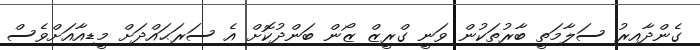
ގެންދާއިރު ސަލާމަތީ ބާރުތަކުން ވަނީ ގްރީޒް ޒޯން ބަންދުކޮށް އެ ސަރަޙައްދަށް މީޑިއާއަށްވެސް